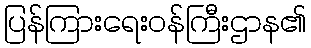
ပြန်ကြားရေးဝန်ကြီးဌာန၏